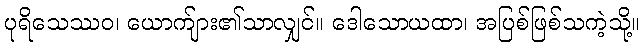
ပုရိသေဿဝ၊ ယောက်ျား၏သာလျှင်။ ဒေါသောယထာ၊ အပြစ်ဖြစ်သကဲ့သို့။